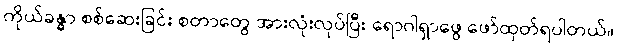
ကိုယ်ခန္ဓာ စစ်ဆေးခြင်း စတာတွေ အားလုံးလုပ်ပြီး ရောဂါရှာဖွေ ဖော်ထုတ်ရပါတယ်။